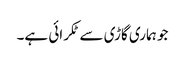
جو ہماری گاڑی سے ٹکرائی ہے۔